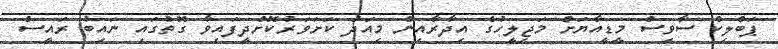
ޕަބްލިކް ސާވިސް މީޑީއާޔަށް މަޖިލީހުގެ އިދާރާއިން މިއަދު ކަށަވަރުކޮށްދީފައިވާ ގޮތުގައި ނައިބު ރައީސް